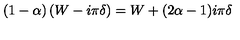
( 1 - \alpha ) \left( W - i \pi \delta \right) = W + ( 2 \alpha - 1 ) i \pi \delta